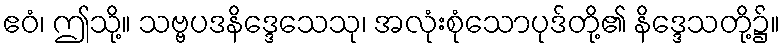
ဧဝံ၊ ဤသို့။ သဗ္ဗပဒနိဒ္ဒေသေသု၊ အလုံးစုံသောပုဒ်တို့၏ နိဒ္ဒေသတို့၌။